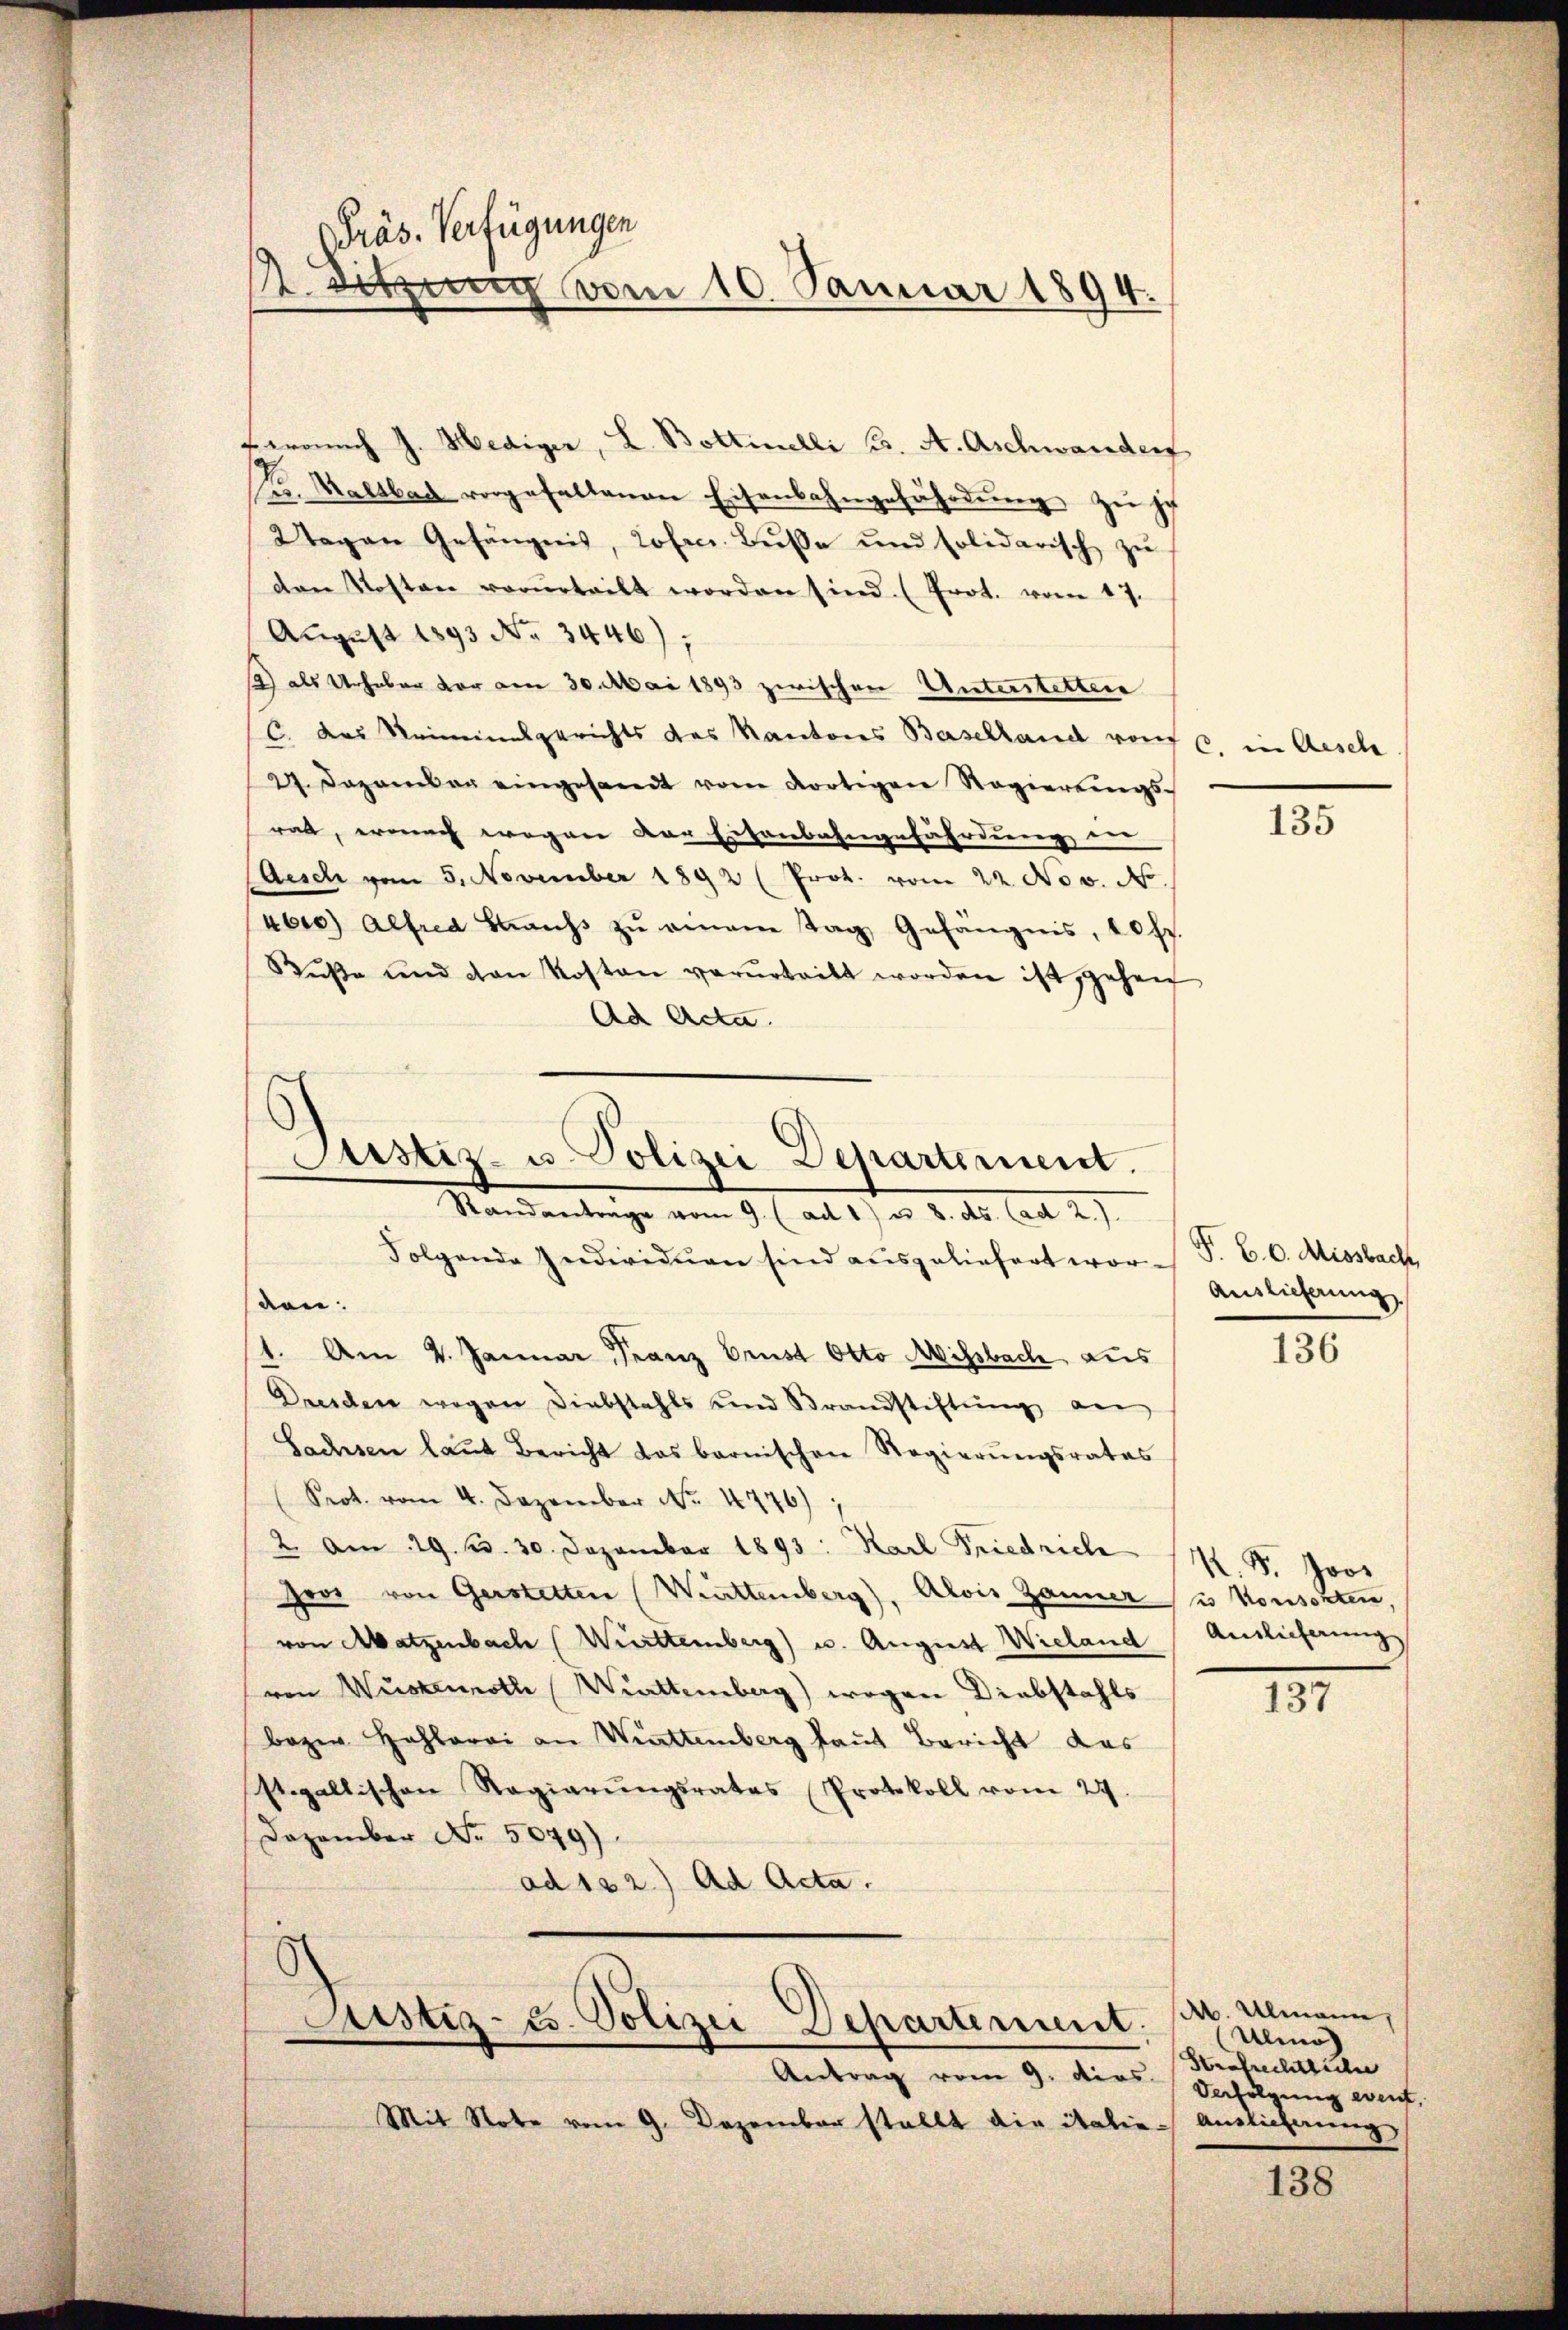
Präs. Verfügungen
1. Sitzung vom 10. Januar 1894.

Leonach J. Hediger, L. Bottinelli K. A. Aschwander
u. Kaltbar vorgefallenen Eisenbahngefährdung zu je
2tagen Gefängnis, Losecr. Bŭsse und solidarisch zŭ
den Kosten vorurteilt worden sind. (Prot. vom 17.
August 1893 No 3446);
2) als Urhaber vor am 30. Mai 1893 zwischen Unterstetten
C. des Kriminalgerichts das Kantones Baselland von 6 in Aesch
27. Dezember eingesandt vom dortigen Regierungsrat, ernach wegen der Eisenbahngefährdung ein
Aesch vom 5. November 1892 (Prok. vom 22. Nov. N.
abeo Alfred Straŭs zŭ einem Tag Gefängnis, 20 fr.
Buße und von Kosten verurteilt worden ist, gehen
Ad Acta.

Justiz- u. Polizei Departement.
Mandentrage vom 9. ad 1. M. v. 18. lit. 2

Folgende Individuen sind ausgeliefert wor-
den.
1. Am 4. Januar Franz Brust Otto Missbach, aus
Dresden wegen Diebstahls und Brandstiftŭng an
Sachsen laut Bericht das barnischen Regierŭngsrates
Prot. vom 4. Dezember No. 4776)
2. Am 19. d. 30. Dezember 1893: Karl Friedrich
Hros von Gerstetten (Werttemberg), Alois Zauner
von Matzenbach (Württemberg) u. August Wieland Auslieferung
von Wüstenroth Wittemberg) wegen Diebstahls
bozen Hohlerei an Wattemberg laut Bericht das
stgaltischen Regierŭngsrates Protokoll vom 27.
Dezember No. 5049)
ad 122) Ad Acta.
Justiz- u. Polizei Departement:
Antrag vom 9. dies Verfolgung weit,
Mit Note vom 9. Dezember stellt die italie Auslieferung

135

P. C. C. Missbach,
Auslieferung
136

K. P. Joos
es Vorschten,

137

Ab. Ulmann,
Ulmos
Strafrechtliche

138